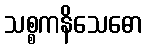
သစ္စကနိသေဓော